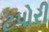
ટપોરી